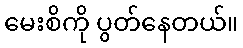
မေးစိကို ပွတ်နေတယ်။